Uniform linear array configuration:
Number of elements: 12
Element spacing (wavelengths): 1
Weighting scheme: hamming
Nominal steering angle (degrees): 45
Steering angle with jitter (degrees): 46.272
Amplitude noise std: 0.05
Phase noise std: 0.05

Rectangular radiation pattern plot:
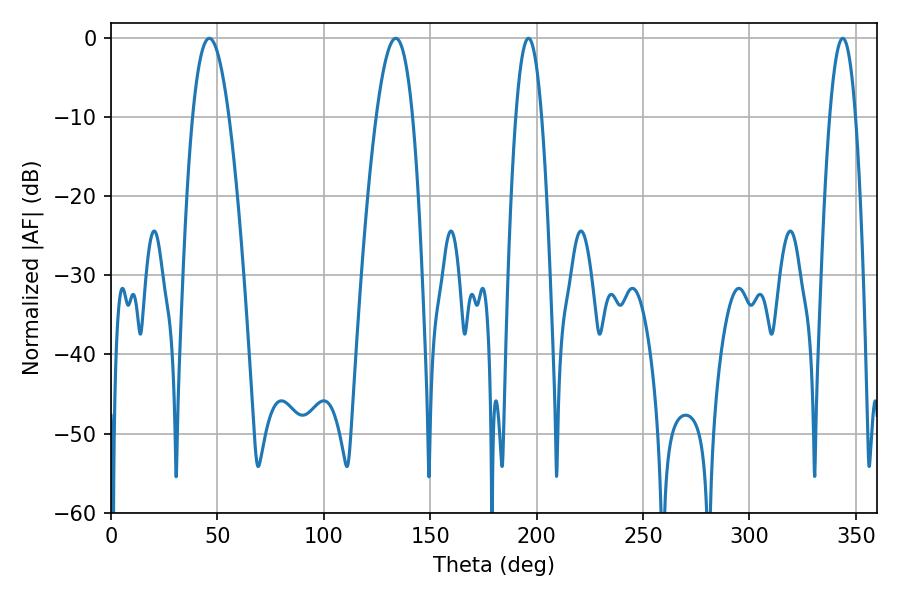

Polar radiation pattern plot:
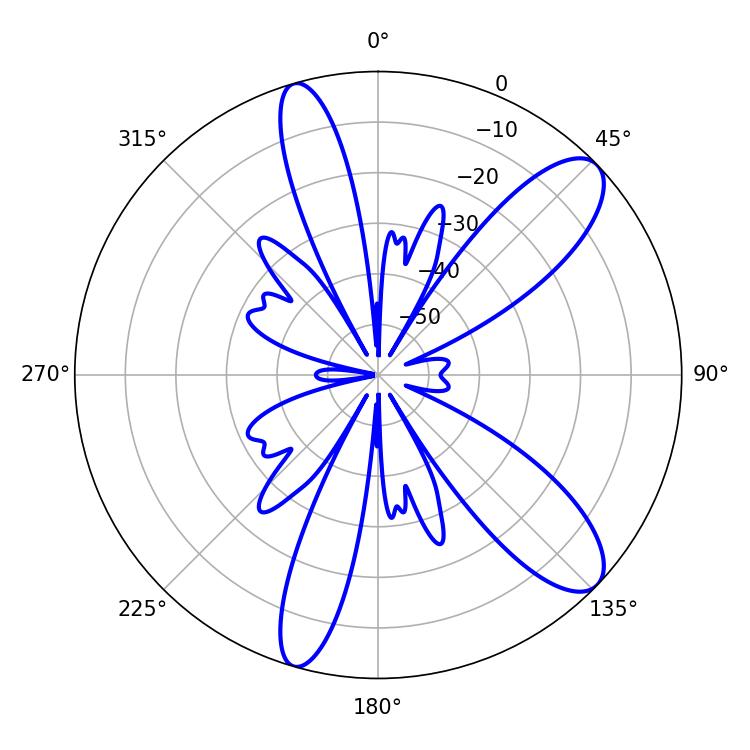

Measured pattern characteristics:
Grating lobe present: TRUE
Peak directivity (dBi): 10.349
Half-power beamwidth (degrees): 6.66
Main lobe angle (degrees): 196.2